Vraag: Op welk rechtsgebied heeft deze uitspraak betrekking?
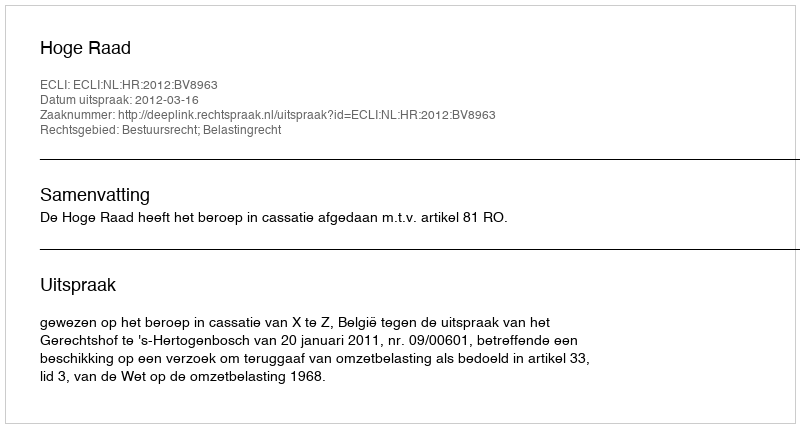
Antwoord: Bestuursrecht; Belastingrecht